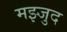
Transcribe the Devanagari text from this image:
मझ्जुद